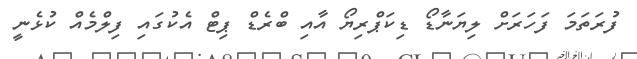
ފުރަތަމަ ފަހަރަށް ލިޔަނާޑޯ ޑިކަޕްރިޔޯ އާއި ބްރެޑް ޕިޓް އެކުގައި ފިލްމެއް ކުޅެނީ